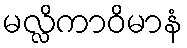
မလ္လိကာဝိမာနံ